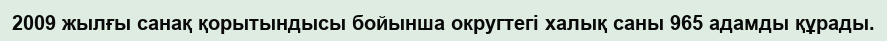
2009 жылғы санақ қорытындысы бойынша округтегі халық саны 965 адамды құрады.